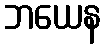
ဘယေန